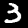
Digit: 3